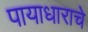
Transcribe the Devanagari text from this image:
पायाधाराचे